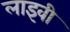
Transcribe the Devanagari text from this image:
लाइवी